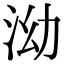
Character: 泑